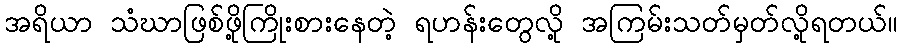
အရိယာ သံဃာဖြစ်ဖို့ကြိုးစားနေတဲ့ ရဟန်းတွေလို့ အကြမ်းသတ်မှတ်လို့ရတယ်။